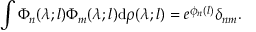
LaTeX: \int \Phi _ { n } ( \lambda ; l ) \Phi _ { m } ( \lambda ; l ) \mathrm { d } \rho ( \lambda ; l ) = e ^ { \phi _ { n } ( l ) } \delta _ { n m } .